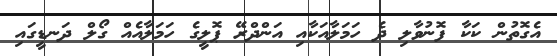
އެގޮތުން ކަކާ ފޮނުވާލި ދެ ހަމަލާއަކާއި އަންދްރޭ ޕޮލީގެ ހަމަލާއެއް ގޯލް ދަނޑީގައި